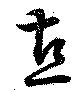
直